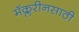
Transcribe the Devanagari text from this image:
मॅक्लरीनसाठी